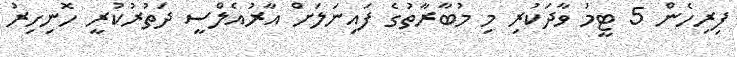
ފިރިހެން 5 ޓީމު ވާދަކުރި މި މުބާރާތުގެ ފައިނަލަށް އާރުއެލްސީ ދަތުރުކުރީ ހޮނިހިރު